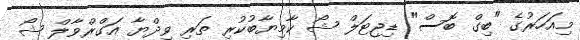
މިއަހަރުގެ "ބިގް ބޮސް" ޑިޖިޓަލް ޝޯ ކާމިޔާބުކުރި ތަރި ވިދްޔާ އަގްރްވާލް ޝޯ